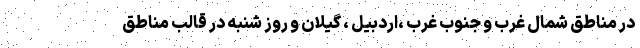
در مناطق شمال غرب و جنوب غرب ،اردبیل ، گیلان و روز شنبه در قالب مناطق